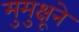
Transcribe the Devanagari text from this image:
मुमुक्षूने